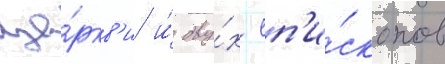
це́ркв'и и́ дву́х еп'и́скопов